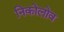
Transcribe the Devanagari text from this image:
निकोलोव